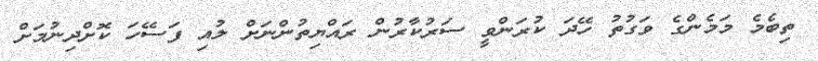
ތިބެމެ މަމެންގެ ވަގުތު ހޭދަ ކުރަންވީ ސަރުކާރުން ރައްޔިތުންނަށް ލުއި ފަސޭހަ ކޮށްދިނުމަށް